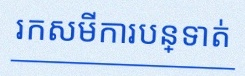
រកសមីការបន្ទាត់